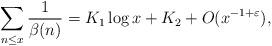
LaTeX: \begin{align*} \sum_{n\le x} \frac1{\beta(n)} = K_1\log x+K_2+O(x^{-1+\varepsilon}),\end{align*}